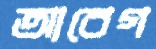
আবেগ